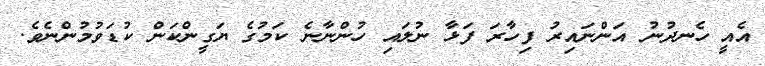
އެއީ ހެނދުނު އަންނައިރު ފިހާރަ ފަޅާ ނުލައި ހުންނާނެ ކަމުގެ ޔަގީންކަން ކުޑަވުމުންނެވެ.